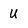
Character: u